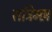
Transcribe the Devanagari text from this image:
रात्रिमष़